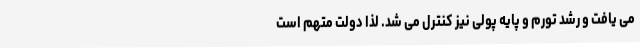
می یافت و رشد تورم و پایه پولی نیز کنترل می شد. لذا دولت متهم است